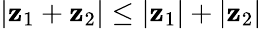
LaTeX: |\mathbf{z}_{1}+\mathbf{z}_{2}|\leq|\mathbf{z}_{1}|+|\mathbf{z}_{2}|